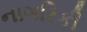
નાગરિકી